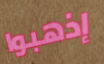
إذهبوا